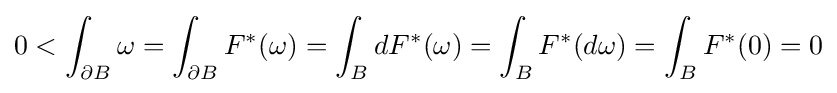
0<\int _{\partial B}\omega =\int _{\partial B}F^{*}(\omega )=\int _{B}dF^{*}(\omega )=\int _{B}F^{*}(d\omega )=\int _{B}F^{*}(0)=0